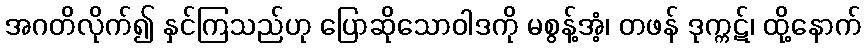
အဂတိလိုက်၍ နှင်ကြသည်ဟု ပြောဆိုသောဝါဒကို မစွန့်အံ့၊ တဖန် ဒုက္ကဋ်၊ ထို့နောက်